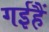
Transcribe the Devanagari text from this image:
गईहैं